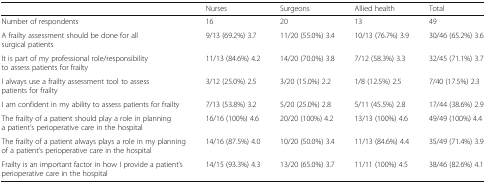
|  | Nurses | Surgeons | Allied health | Total |
 | --- | --- | --- | --- | --- |
 | Number of respondents | 16 | 20 | 13 | 49 |
 | A frailty assessment should be done for all surgical patients | 9/13 (69.2%) 3.7 | 11/20 (55.0%) 3.4 | 10/13 (76.7%) 3.9 | 30/46 (65.2%) 3.6 |
 | It is part of my professional role/responsibility to assess patients for frailty | 11/13 (84.6%) 4.2 | 14/20 (70.0%) 3.8 | 7/12 (58.3%) 3.3 | 32/45 (71.1%) 3.7 |
 | I always use a frailty assessment tool to assess patients for frailty | 3/12 (25.0%) 2.5 | 3/20 (15.0%) 2.2 | 1/8 (12.5%) 2.5 | 7/40 (17.5%) 2.3 |
 | I am confident in my ability to assess patients for frailty | 7/13 (53.8%) 3.2 | 5/20 (25.0%) 2.8 | 5/11 (45.5%) 2.8 | 17/44 (38.6%) 2.9 |
 | The frailty of a patient should play a role in planning a patient’s perioperative care in the hospital | 16/16 (100%) 4.6 | 20/20 (100%) 4.2 | 13/13 (100%) 4.6 | 49/49 (100%) 4.4 |
 | The frailty of a patient always plays a role in my planning of a patient’s perioperative care in the hospital | 14/16 (87.5%) 4.0 | 10/20 (50.0%) 3.4 | 11/13 (84.6%) 4.4 | 35/49 (71.4%) 3.9 |
 | Frailty is an important factor in how I provide a patient’s perioperative care in the hospital | 14/15 (93.3%) 4.3 | 13/20 (65.0%) 3.7 | 11/11 (100%) 4.5 | 38/46 (82.6%) 4.1 |